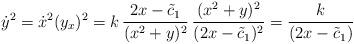
LaTeX: \begin{align*}\dot{y}^2= \dot{x}^2(y_x)^2= k\,\frac{2x-\tilde{c}_1}{(x^2+y)^2}\,\frac{(x^2+y)^2}{(2x-\tilde{c}_1)^2}= \frac{k}{(2x-\tilde{c}_1)}\end{align*}